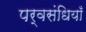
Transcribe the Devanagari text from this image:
पर्वसंधियाँ